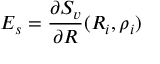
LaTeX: E _ { s } = \frac { \partial S _ { v } } { \partial R } ( R _ { i } , \rho _ { i } )